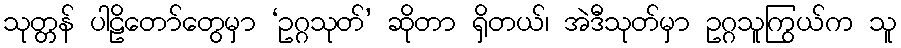
သုတ္တန် ပါဠိတော်တွေမှာ ‘ဥဂ္ဂသုတ်’ ဆိုတာ ရှိတယ်၊ အဲဒီသုတ်မှာ ဥဂ္ဂသူကြွယ်က သူ